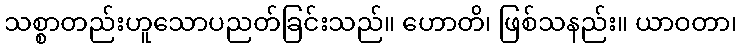
သစ္စာတည်းဟူသောပညတ်ခြင်းသည်။ ဟောတိ၊ ဖြစ်သနည်း။ ယာဝတာ၊